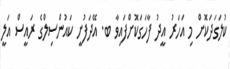
ކުލަގަދަކޮށް މި އަހަރު އީދު ފާހަގަކޮށްފައިވާ ބ. އޭދަފުށީ ކައުންސިލްގެ ރައީސް އަލީ